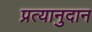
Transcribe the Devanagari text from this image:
प्रत्यानुदान